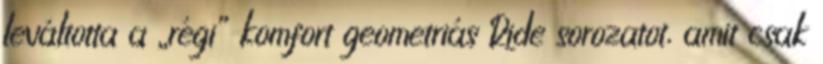
leváltotta a „régi” komfort geometriás Ride sorozatot, amit csak